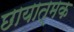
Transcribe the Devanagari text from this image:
छायात्मक